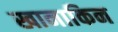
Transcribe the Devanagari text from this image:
खानाकिन